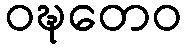
ဝဍ္ဎတေဝ